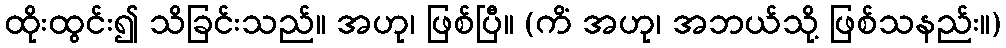
ထိုးထွင်း၍ သိခြင်းသည်။ အဟု၊ ဖြစ်ပြီ။ (ကိံ အဟု၊ အဘယ်သို့ ဖြစ်သနည်း။)